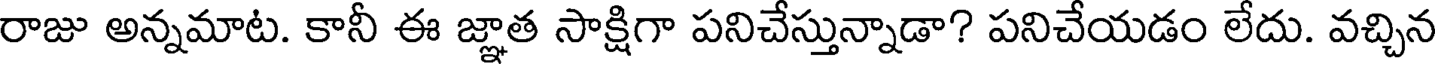
రాజు అన్నమాట. కానీ ఈ జ్ఞాత సాక్షిగా పనిచేస్తున్నాడా? పనిచేయడం లేదు. వచ్చిన